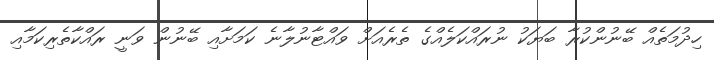
ހިދުމަތެއް ބޭނުންކުރާ ބަޔަކު ނުރައްކަލެއްގެ ތެރެއަށް ވައްޓާނުލާނެ ކަމަށާއި ބޭނުން ވަނީ ރައްކާތެރިކަމާއި